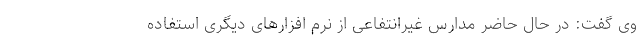
وی گفت: در حال حاضر مدارس غیرانتفاعی از نرم افزارهای دیگری استفاده